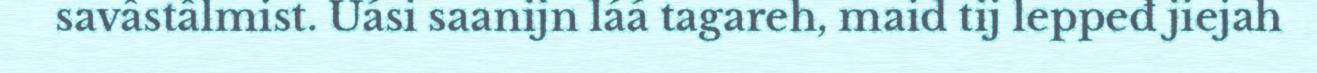
savâstâlmist. Uási saanijn láá tagareh, maid tij leppeđ jiejah